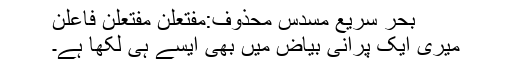
بحرِ سریع مسدس محذوف:مفتعلن مفتعلن فاعلن
میری ایک پرانی بیاض میں بھی ایسے ہی لکھا ہے۔